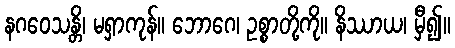
နဂဝေသန္တိ၊ မရှာကုန်။ ဘောဂေ၊ ဥစ္စာတို့ကို။ နိဿာယ၊ မှီ၍။